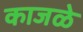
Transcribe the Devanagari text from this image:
काजळे